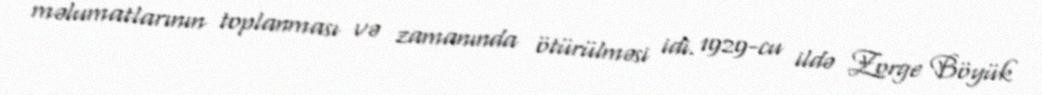
məlumatlarının toplanması və zamanında ötürülməsi idi. 1929-cu ildə Zorge Böyük